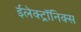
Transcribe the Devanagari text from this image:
ईलेक्ट्रॉनिक्स